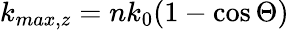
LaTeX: k_{max,z}=nk_{0}(1-\cos\Theta)